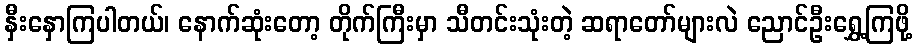
နှီးနှောကြပါတယ်၊ နောက်ဆုံးတော့ တိုက်ကြီးမှာ သီတင်းသုံးတဲ့ ဆရာတော်များလဲ ညောင်ဦးရွှေ့ကြဖို့